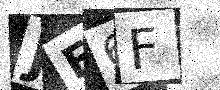
Text: JE6F